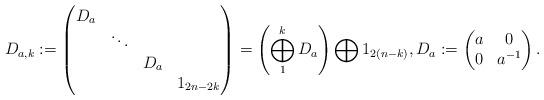
LaTeX: \begin{align*}D_{a,k} := \begin{pmatrix}D_{a} \\& \ddots \\&&D_{a} \\&&&1_{2n-2k}\end{pmatrix}= \left(\bigoplus_{1}^{k}D_{a}\right) \bigoplus 1_{2(n-k)}, D_{a} :=\begin{pmatrix}a & 0 \\0 & a^{-1}\end{pmatrix}.\end{align*}